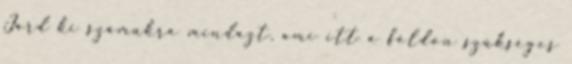
Járd ki számukra mindazt, ami itt a földön szükséges